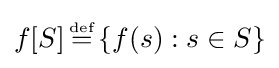
f[S]\,{\stackrel {\scriptscriptstyle {\text{def}}}{=}}\,\{f(s):s\in S\}